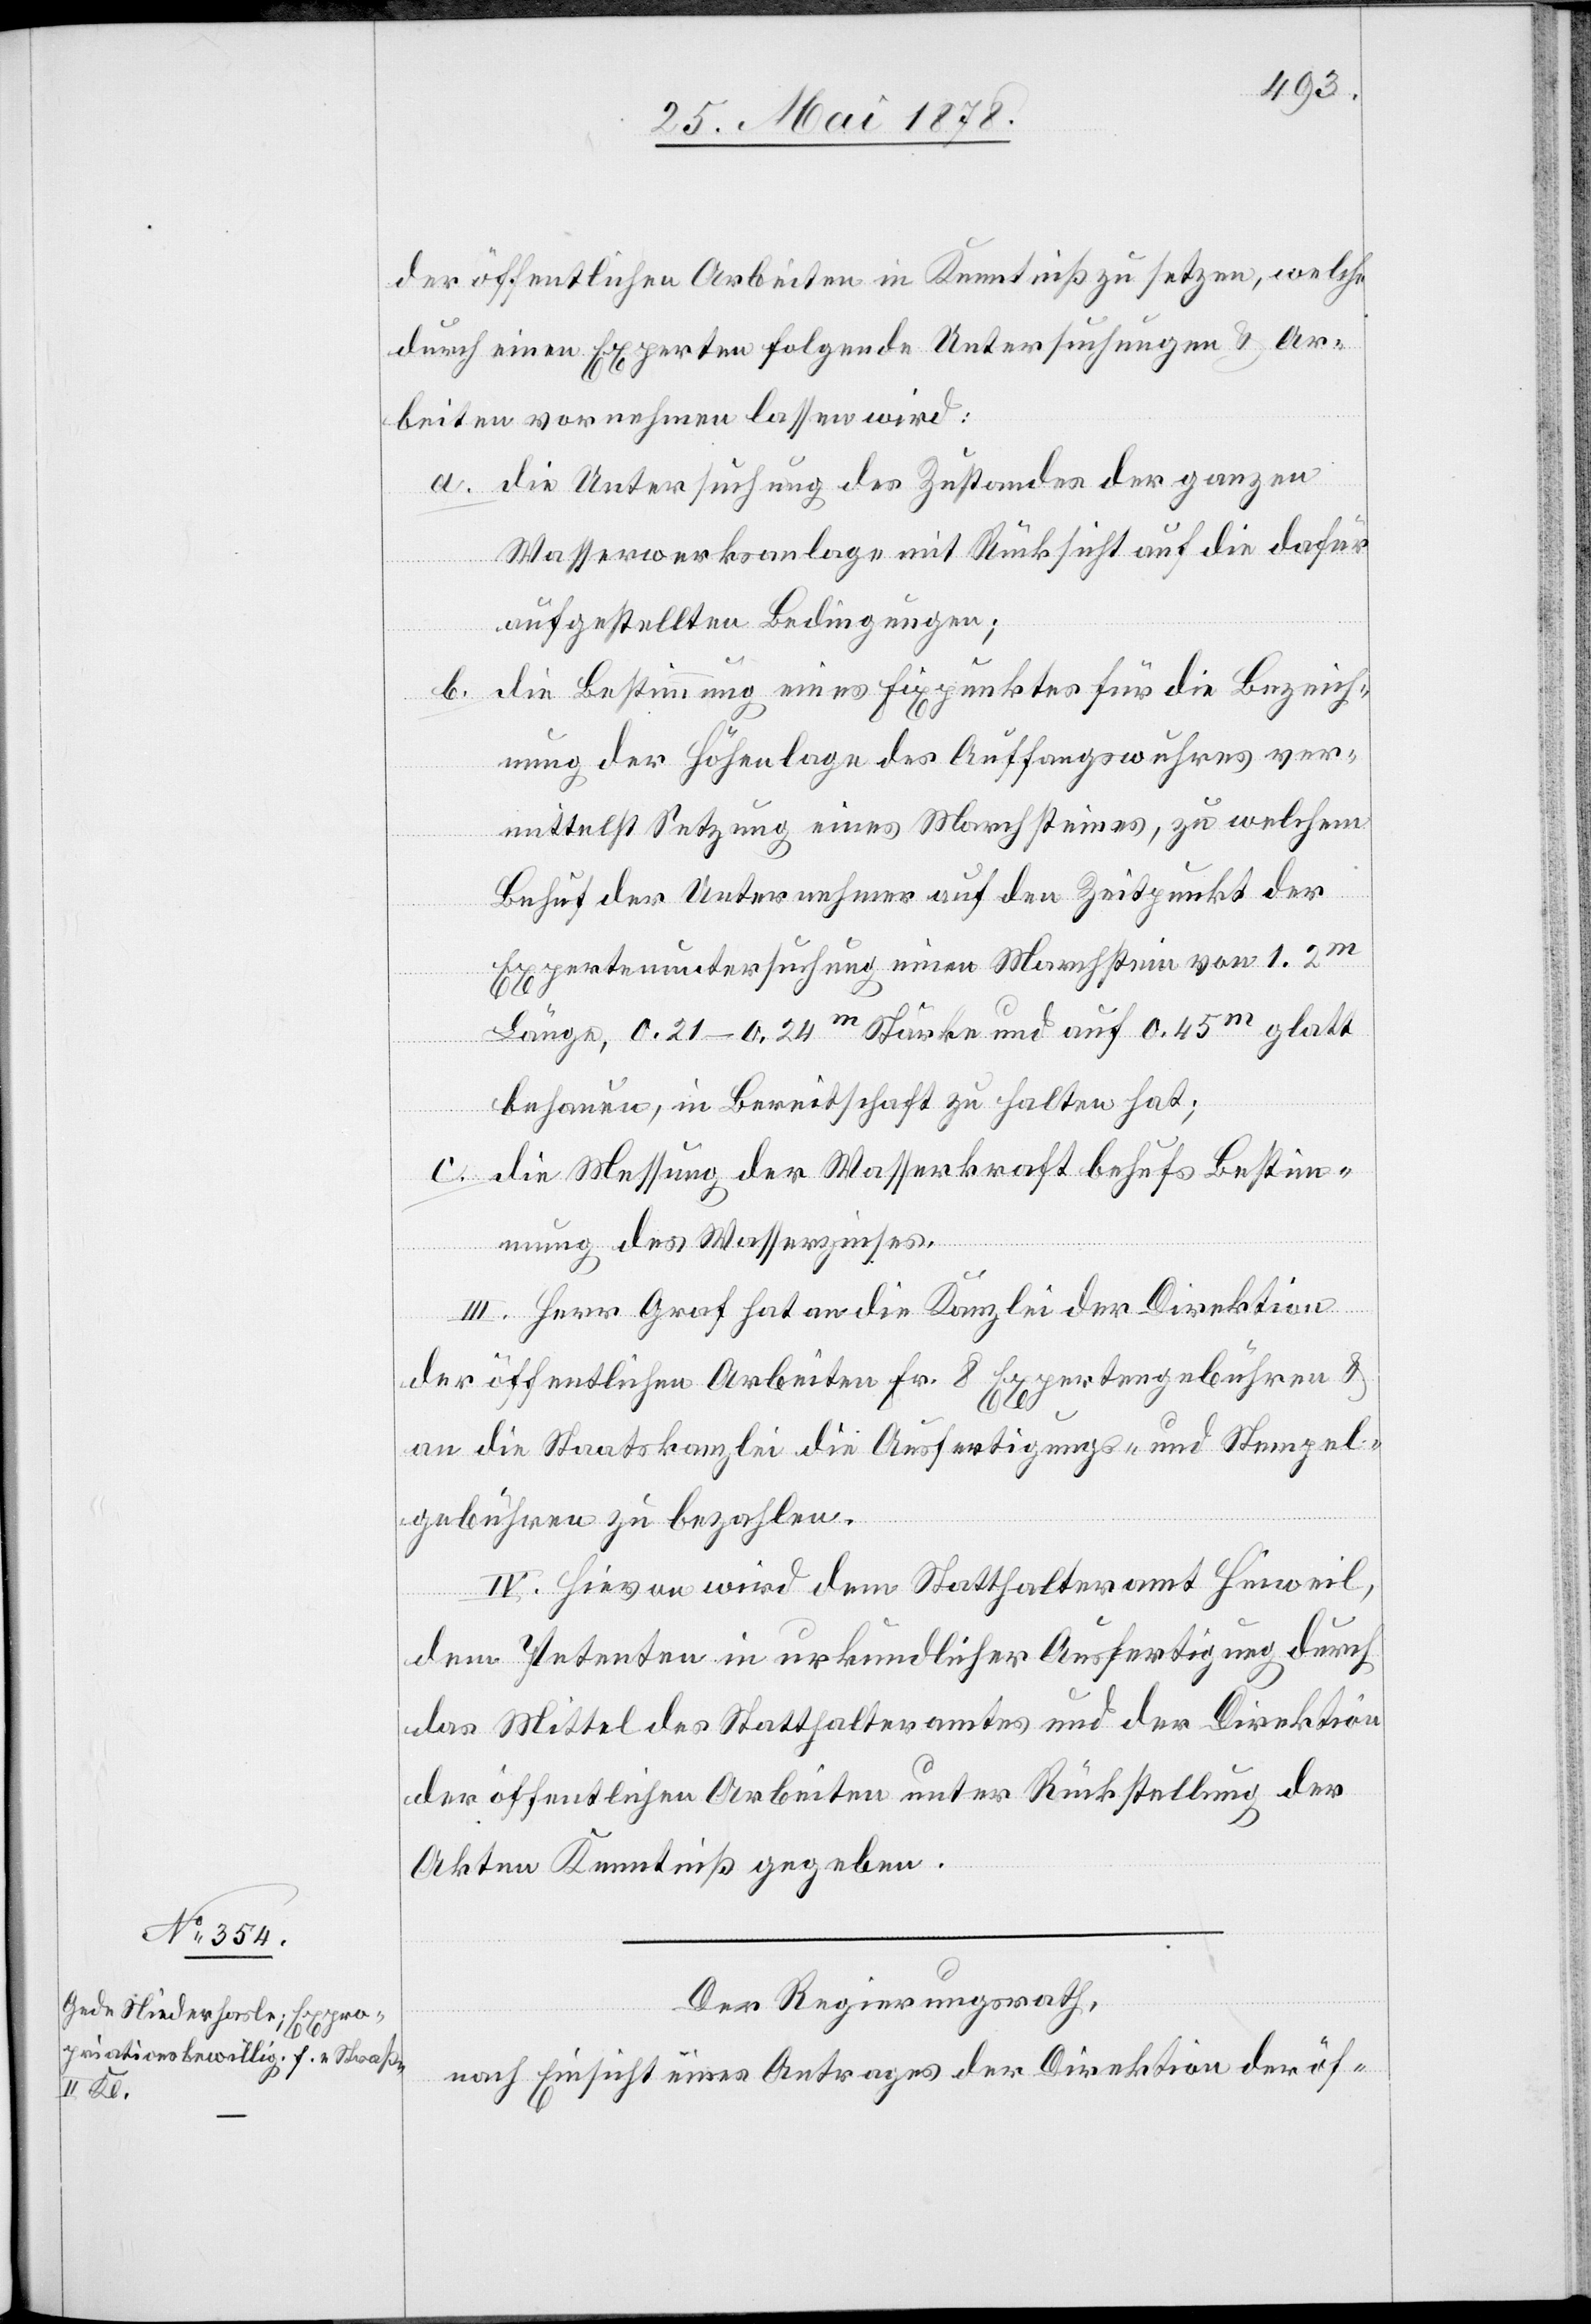
der öffentlichen Arbeiten in Kenntniß zu setzen, welche
durch einen Experten folgende Untersuchungen & Ar¬
beiten vornehmen lassen wird:
die Untersuchung des Zustandes der ganzen
Wasserwerksanlage mit Rücksicht auf die dafür
aufgestellten Bedingungen;
die Bestimmung eines Fixpunktes für die Bezeich¬
nung der Höhenlage des Auffangswuhres ver¬
mittelst Setzung eines Marchsteines, zu welchem
a.
Behuf der Unternehmer auf den Zeitpunkt der
Expertenuntersuchung einen Marchstein von 1.2m
Länge, 0.21–0.24m Stärke und auf 0.45m glatt
behauen, in Bereitschaft zu halten hat;
die Messung der Wasserkraft behufs Bestim¬
mung des Wasserzinses.
III. Herr Graf hat an die Kanzlei der Direktion
der öffentlichen Arbeiten Fr. 8 Expertengebühren &
an die Staatskanzlei die Ausfertigungs- und Stempel¬
gebühren zu bezahlen.
IV. Hievon wird dem Statthalteramt Hinweil,
dem Petenten in urkundlicher Ausfertigung durch
das Mittel des Statthalteramtes und der Direktion
der öffentlichen Arbeiten unter Rückstellung der
Akten Kenntniß gegeben.
Der Regierungsrath,
nach Einsicht eines Antrages der Direktion der öf-